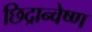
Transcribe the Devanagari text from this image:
छिद्रान्वेष्ण